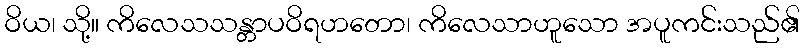
ဝိယ၊ သို့။ ကိလေသသန္တာပဝိရဟတော၊ ကိလေသာဟူသော အပူကင်းသည်၏